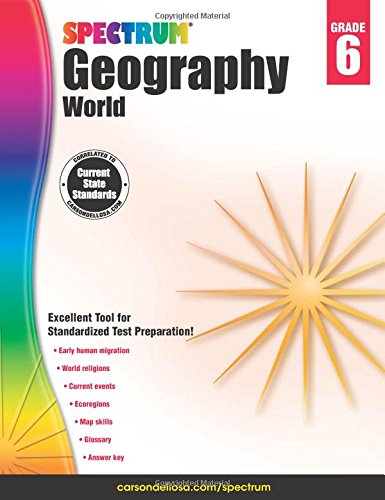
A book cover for Spectrum Geography, Grade 6: World; Science & Math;